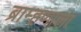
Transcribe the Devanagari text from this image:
ब्राम्हणाला